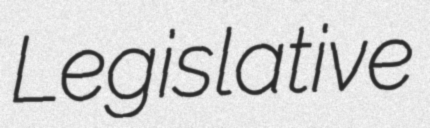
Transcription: Legislative